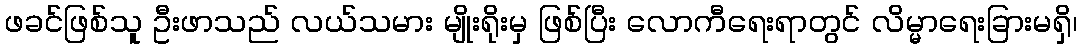
ဖခင်ဖြစ်သူ ဦးဖာသည် လယ်သမား မျိုးရိုးမှ ဖြစ်ပြီး လောကီရေးရာတွင် လိမ္မာရေးခြားမရှိ၊